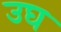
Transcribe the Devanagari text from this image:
उघ